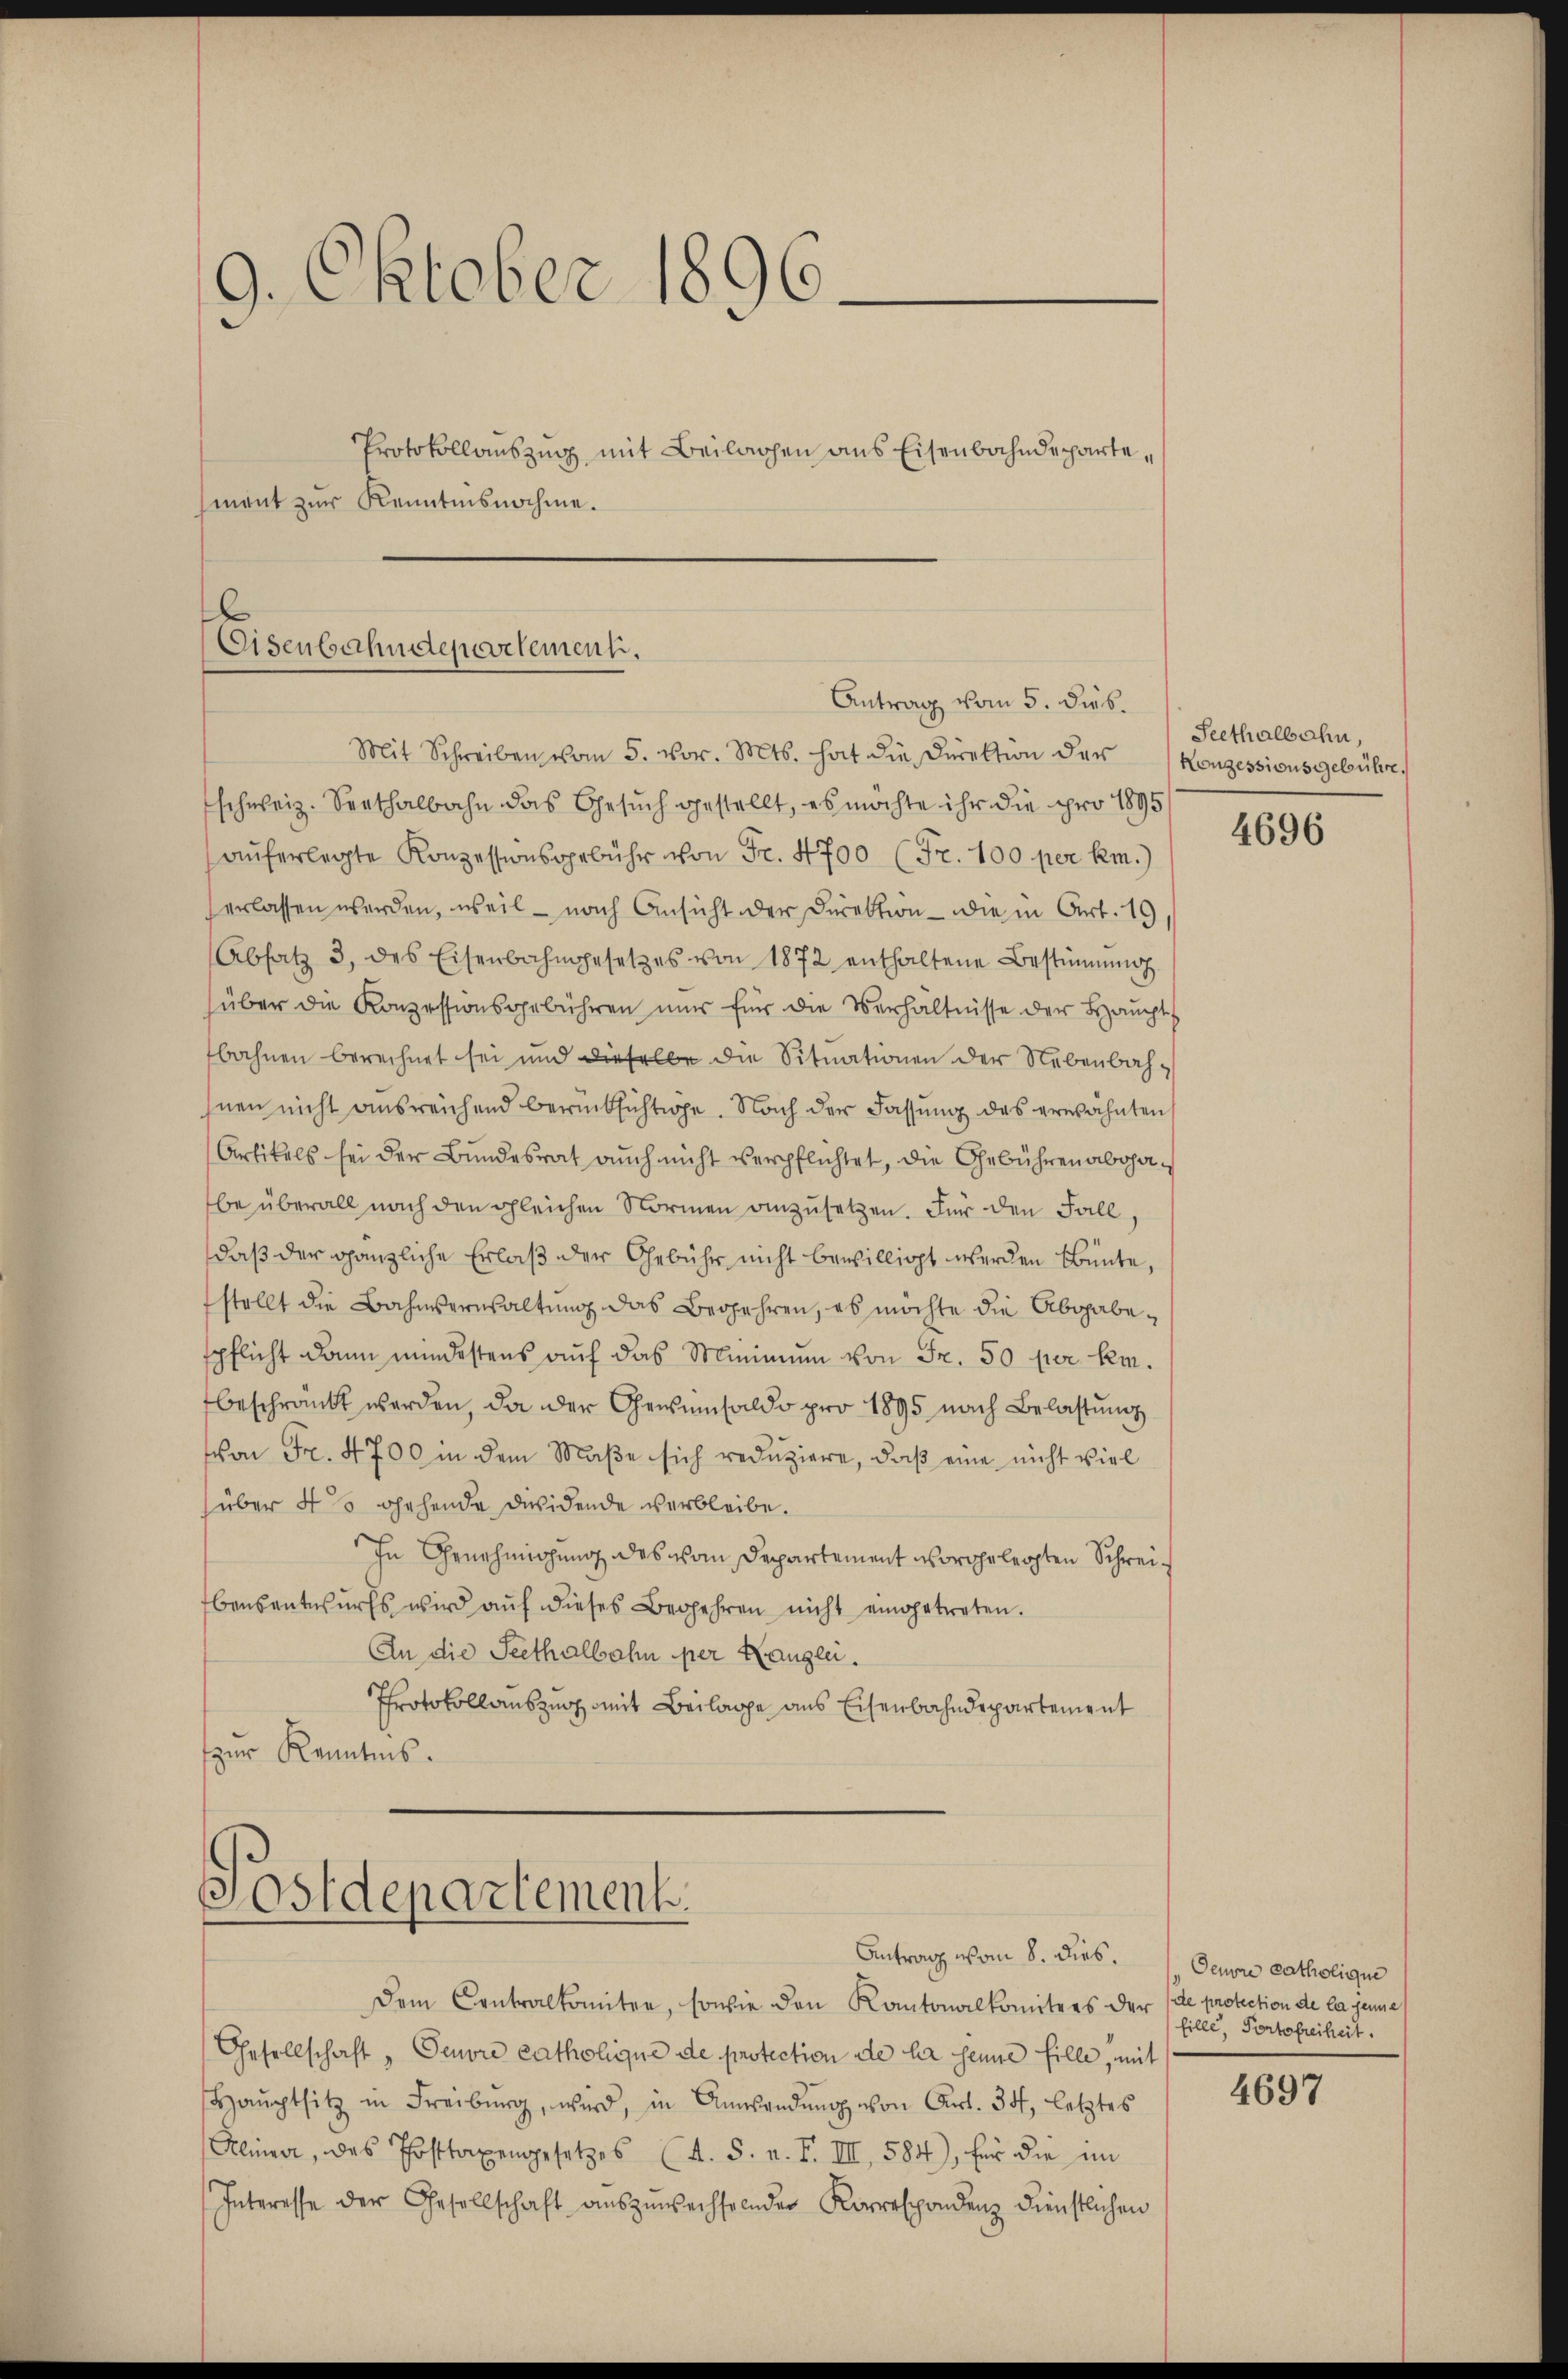
9. Oktober 1896
Protokollauszug, mit Beilagen aus Eisenbahndepartesment zur Kenntnisnahme.

x
Eisenbahndepartement.
Antrag vom 5. Dieb.

Mit Schreiben vom 5. vor. Mts. hat die Direktion der
schweiz. Seethalbahn das Gesuch gestellt, es möchte ihr die pro 1895
auferlegte Konzessionsgebühr von Fr. 4700 (Fr. 100 per km.)
erlassen werden, weil – nach Ansicht der Direktion die in Art. 19,
Absatz 3 des Eisenbahngesetzes von 1872 enthaltene Bestimmung
über die Konzessionsgebühren nur für die Verhältnisse der Haŭpt
bahnen berechnet sei und dieselbe die Situationen der Nebenbahhnen nicht ausreichend berücksichtige. Nach der Fassung des erwähnten
Artikels sei der Bundesrat auch nicht verpflichtet, die Gebühren abgabe überall nach den gleichen Normen anzusetzen. Für den Fall,
daß der gänzliche Erlaß der Gebühr nicht bewilligt werden Bbünte,
stellt die Bahnverwaltung das Begehren, es möchte die Abgabepflicht dann mindestens auf das Minimum von Fr. 50 per keibeschränkt werden, da der Gewinnsaldo pro 1895 nach Belastung
von Fr. 4700 in dem Maße sich reduziere, daß eine nicht viel
über 40 gehende dividende verbleibe.
In Genehmigung des vom Departement vorgelegten Schrei¬
Ebensentwurfs wird aŭf dieses Begehren nicht eingetreten.
An die Seethalbahn per Hanglei
Protokollauszug mit Beilage aus Eisenbahndepartement
zur Kenntnis.

Dem Centralkomitee, sowie den Kantonalkomitees der (de protection de la genne
Gesellschaft „Peuvre catholique de protection de la seine fille, mit
Haŭptsitz in Freiburg, wird, in Anwendŭng von Art. 34, letztes
Alinea, das Posttaxengesetzes (s. S. n. F. III, 584), für die im
Interesse der Gesellschaft auszuwechselnder Korrespondenz dienstlichen

Postdepartement.
Antrag vom 8. dies.

Seethalbahn,
Konzessionsgebühre.

4696

Denore catholique
fille, Portofreiheit.

4697